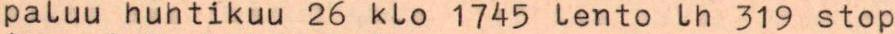
paluu huhtikuu 26 klo 1745 lento lh 319 stop